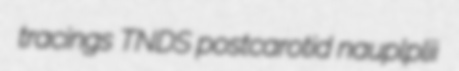
tracings TNDS postcarotid nauplplii